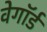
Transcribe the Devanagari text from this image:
वेगॉर्ड